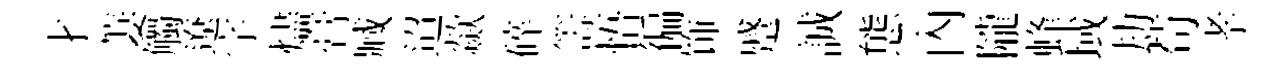
才萋觸遼字燼膏臧迢歘碎籌悟徧饰蹙誠態內隴蜂域劫苟孝